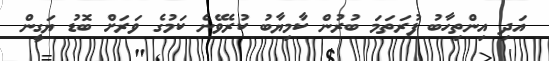
އަދި އިންތިހާބު ފުރަތަމަ ބުރުން ކާމިޔާބު ކުރެވޭނެ ކަމުގެ ވަރަށް ބޮޑު ޔަގީން